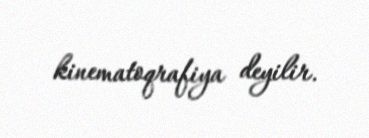
kinematoqrafiya deyilir.